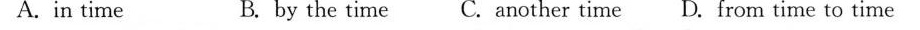
A.in time B. by the time C.another time D. from time to time